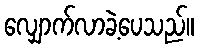
လျှောက်လာခဲ့ပေသည်။